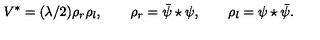
V ^ { * } = ( \lambda / 2 ) \rho _ { r } \rho _ { l } , \qquad \rho _ { r } = \bar { \psi } \star \psi , \qquad \rho _ { l } = \psi \star \bar { \psi } .